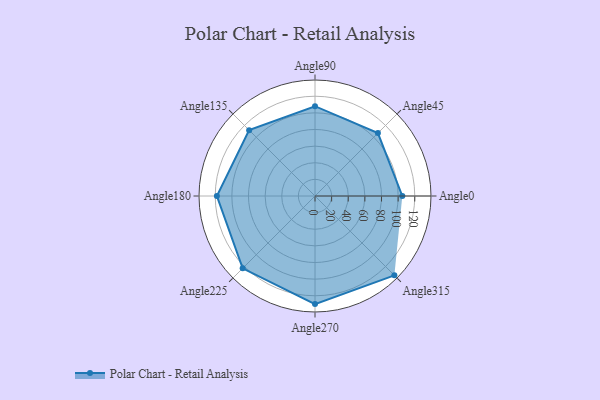
{"axis": {"x": "Angle", "y": "Radius"}, "legend": [""], "data": [{"x": "Angle0", "y": 105.0, "type": ""}, {"x": "Angle45", "y": 107.0, "type": ""}, {"x": "Angle90", "y": 108.0, "type": ""}, {"x": "Angle135", "y": 112.0, "type": ""}, {"x": "Angle180", "y": 118.0, "type": ""}, {"x": "Angle225", "y": 123.0, "type": ""}, {"x": "Angle270", "y": 130.0, "type": ""}, {"x": "Angle315", "y": 135.0, "type": ""}]}